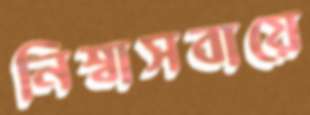
নিশ্বাসবায়ে